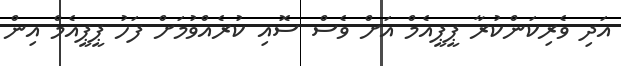
އަދި ވެރިކަންކުރާ ޕީޕީއެމް އަށް ވެސް ސޮއި ކުރެއްވުމަށް ފަހު ޕީޕީއެމް އިން